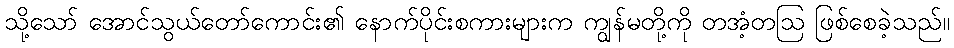
သို့သော် အောင်သွယ်တော်ကောင်း၏ နောက်ပိုင်းစကားများက ကျွန်မတို့ကို တအံ့တဩ ဖြစ်စေခဲ့သည်။